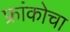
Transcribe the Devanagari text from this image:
फ्रांकोचा